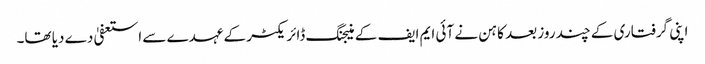
اپنی گرفتاری کے چند روز بعد کاہن نے آئی ایم ایف کے منیجنگ ڈائریکٹر کے عہدے سے استعفیٰ دے دیا تھا۔